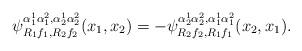
LaTeX: \begin{align*}\psi^{\alpha_1^1\alpha_1^2,\alpha_2^1\alpha_2^2}_{R_1 f_1,R_2 f_2}(x_1,x_2)=-\psi^{\alpha_2^1\alpha_2^2,\alpha_1^1\alpha_1^2}_{R_2 f_2,R_1 f_1}(x_2,x_1).\end{align*}